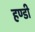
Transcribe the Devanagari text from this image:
हण्डी